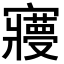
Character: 𡫺